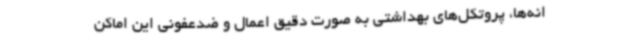
انه‌ها، پروتکل‌های بهداشتی به صورت دقیق اعمال و ضدعفونی این اماکن